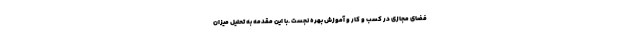
فضای مجازی در کسب و کار و آموزش بهره نجست .با این مقدمه به تحلیل میزان